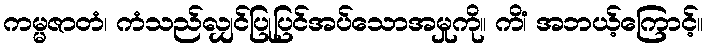
ကမ္မဇာတံ၊ ကံသည်လျှင်ပြုပြင်အပ်သောအမှုကို။ ကိံ၊ အဘယ့်ကြောင့်။